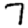
Digit: 7